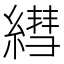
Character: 𦄑